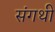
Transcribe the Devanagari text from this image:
संगथी